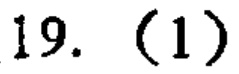
19. (1)